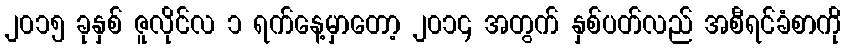
၂၀၁၅ ခုနှစ် ဇူလိုင်လ ၁ ရက်နေ့မှာတော့ ၂၀၁၄ အတွက် နှစ်ပတ်လည် အစီရင်ခံစာကို